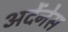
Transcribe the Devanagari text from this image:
अर्देंनेस